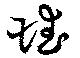
珷